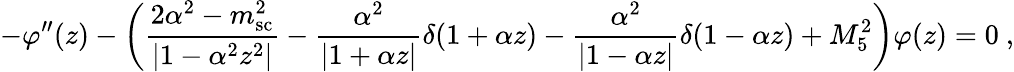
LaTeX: -\varphi^{\prime\prime}(z)-\left(\frac{2\alpha^{2}-m_{\mathrm{sc}}^{2}}{|1-\alpha^{2}z^{2}|}-\frac{\alpha^{2}}{|1+\alpha z|}\delta(1+\alpha z)-\frac{\alpha^{2}}{|1-\alpha z|}\delta(1-\alpha z)+M_{5}^{2}\right)\varphi(z)=0~,